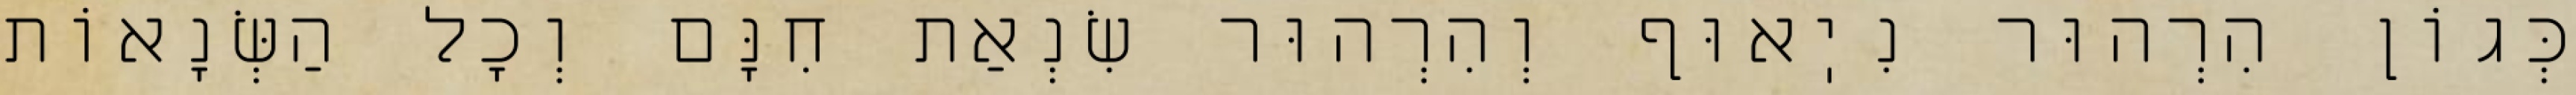
כְּגוֹן הִרְהוּר נִיֽאוּף וְהִרְהוּר שִׂנְאַת חִנָּם וְכׇל הַשְּׂנָאוֹת